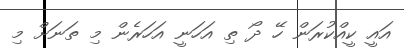
އައީ ކީއްކުރަން ހޭ ދޯ ތި އަހަނީ އަހަރެން މި ތަނަށް މި